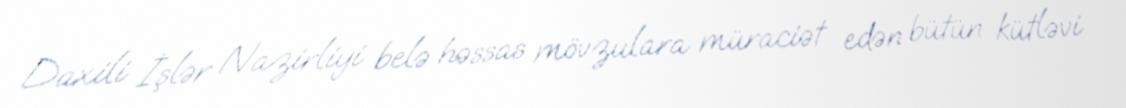
Daxili İşlər Nazirliyi belə həssas mövzulara müraciət edən bütün kütləvi